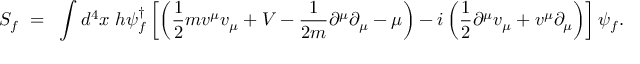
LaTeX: S _ { f } ~ = ~ \int d ^ { 4 } x ~ h \psi _ { f } ^ { \dagger } \left[ \left( \frac { 1 } { 2 } m v ^ { \mu } v _ { \mu } + V - \frac { 1 } { 2 m } \partial ^ { \mu } \partial _ { \mu } - \mu \right) - i \left( \frac { 1 } { 2 } \partial ^ { \mu } v _ { \mu } + v ^ { \mu } \partial _ { \mu } \right) \right] \psi _ { f } .